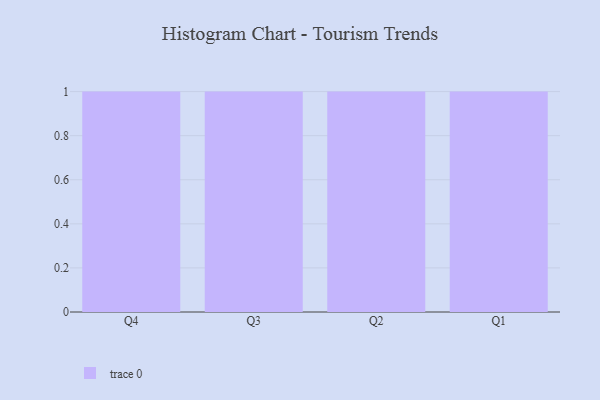
{"axis": {"x": "Quarter", "y": "Shipments"}, "legend": [""], "data": [{"x": "Q4", "y": 11, "type": ""}, {"x": "Q3", "y": 32, "type": ""}, {"x": "Q2", "y": 49, "type": ""}, {"x": "Q1", "y": 62, "type": ""}]}